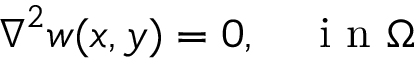
\boldsymbol { \nabla } ^ { 2 } w ( x , y ) = 0 , \quad \mathrm { ~ i ~ n ~ } \Omega